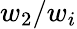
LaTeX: w_{2}/w_{i}